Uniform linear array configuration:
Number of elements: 8
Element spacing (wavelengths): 0.5
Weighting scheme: blackman
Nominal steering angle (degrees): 15
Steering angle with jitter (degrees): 16.255
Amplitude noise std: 0.05
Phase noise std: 0.05

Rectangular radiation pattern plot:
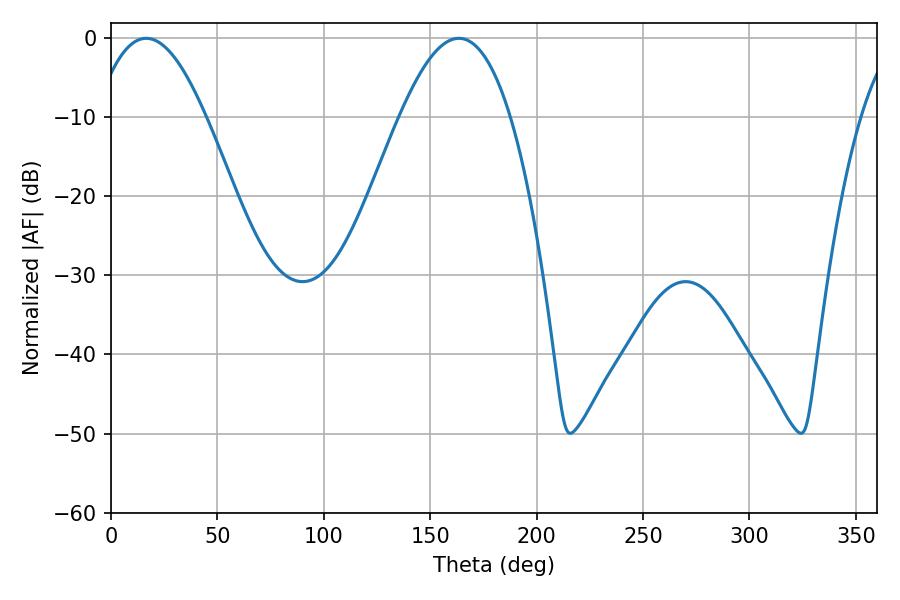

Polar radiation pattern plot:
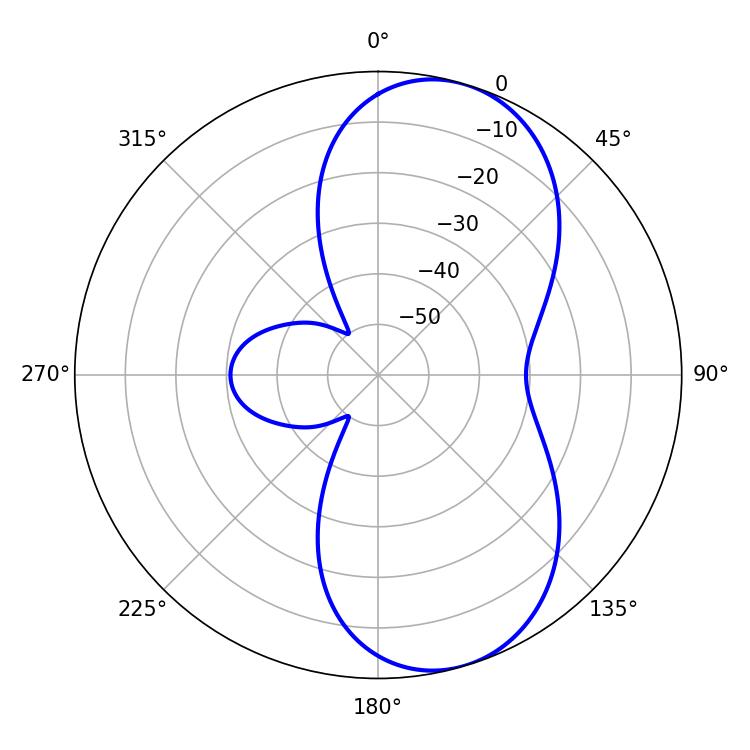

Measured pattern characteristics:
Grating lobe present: FALSE
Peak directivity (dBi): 7.934
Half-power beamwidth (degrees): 28.44
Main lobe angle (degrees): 16.56